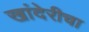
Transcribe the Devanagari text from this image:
खांदेरीचा